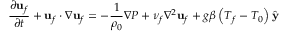
\frac { \partial \mathbf { u } _ { f } } { \partial t } + \mathbf { u } _ { f } \cdot \nabla \mathbf { u } _ { f } = - \frac { 1 } { \rho _ { 0 } } \nabla P + \nu _ { f } \nabla ^ { 2 } \mathbf { u } _ { f } + g \beta \left( T _ { f } - T _ { 0 } \right) \hat { \mathbf { y } }